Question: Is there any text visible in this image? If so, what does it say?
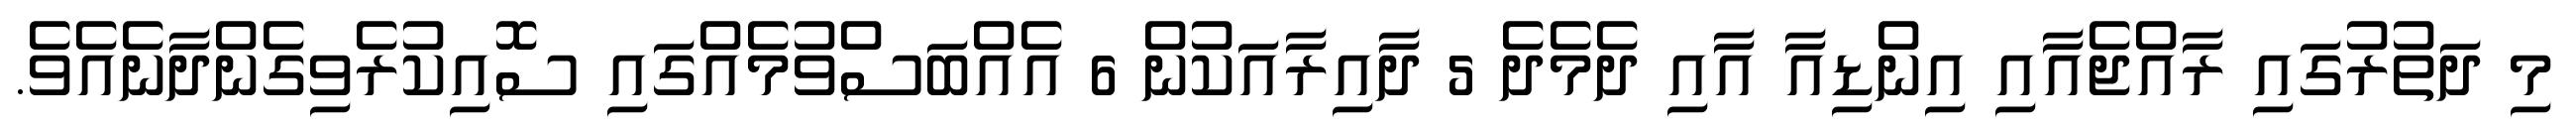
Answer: މި ދަތުރުގައި ރާއްޖެއާއި އިންޑިއާ އާއި ދެމެދެ 5 ދާއިރާއަކުން 6 އެއްބަސްވުމެއްގައި ސޮއިކުރެވިގެންދާނެއެވެ.